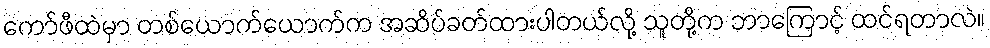
ကော်ဖီထဲမှာ တစ်ယောက်ယောက်က အဆိပ်ခတ်ထားပါတယ်လို့ သူတို့က ဘာကြောင့် ထင်ရတာလဲ။